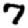
Digit: 7